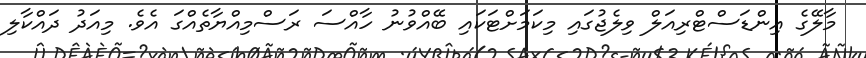
މާލޭގެ އިންޑަސްޓްރިއަލް ވިލެޖުގައި މިކަމަށްޓަކައި ބޭއްވުނު ހާއްސަ ރަސްމިއްޔާތެއްގަ އެވެ. މިއަދު ދައްކާލި